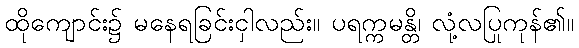
ထိုကျောင်း၌ မနေရခြင်းငှါလည်း။ ပရက္ကမန္တိ၊ လုံ့လပြုကုန်၏။